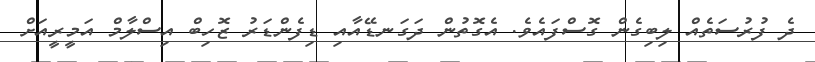
ދެ ފުރުސަތެއް ލިބިގެން ގޮސްފައެވެ. އެގޮތުން ދަގަނޑޭއާއި ޑިފެންޑަރު ޒޮހިބް އިސްލާމް އަމީރީއަށް